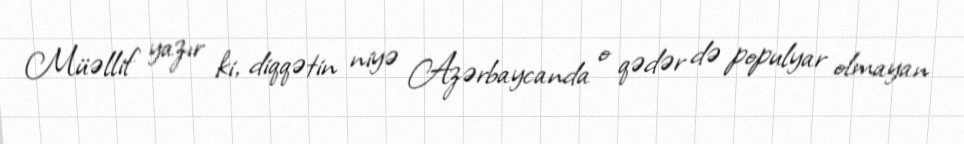
Müəllif yazır ki, diqqətin niyə Azərbaycanda o qədər də populyar olmayan